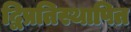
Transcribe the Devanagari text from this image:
द्विप्रतिस्थापित